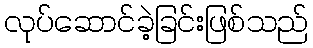
လုပ်ဆောင်ခဲ့ခြင်းဖြစ်သည်